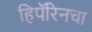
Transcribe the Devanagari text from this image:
हिपॅरिनचा